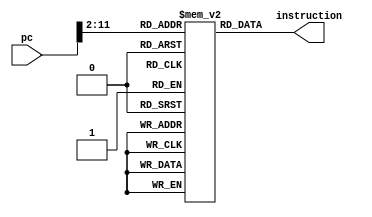
module im(instruction,pc);
  output [31:0] instruction;
  input [31:0] pc;
  reg [31:0] ins_memory[1023:0];  
  
  wire [9:0]tpc;
  
  assign tpc = pc[11:2];
  assign  instruction = ins_memory[tpc];  

endmodule